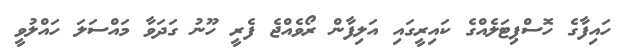
ހައިފާގެ ހޮސްޕިޓަލެއްގެ ކައިރީގައި އަލިފާން ރޯވެއްޖެ ފެރީ ހޫނު ގަދަވާ މައްސަލަ ހައްލުވީ